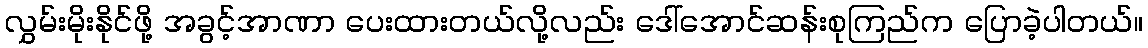
လွှမ်းမိုးနိုင်ဖို့ အခွင့်အာဏာ ပေးထားတယ်လို့လည်း ဒေါ်အောင်ဆန်းစုကြည်က ပြောခဲ့ပါတယ်။